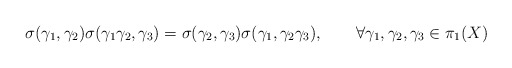
\begin{align*}\sigma(\gamma_1, \gamma_2) \sigma(\gamma_1 \gamma_2, \gamma_3) =\sigma(\gamma_2, \gamma_3) \sigma(\gamma_1,\gamma_2 \gamma_3), \qquad \forall \gamma_1, \gamma_2, \gamma_3\in \pi_1(X)\end{align*}